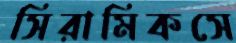
সিরামিকসে